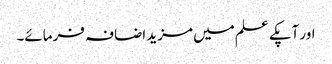
اور آپکے علم میں مزید اضافہ فرمائے۔